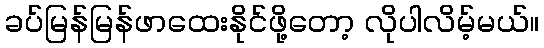
ခပ်မြန်မြန်ဖာထေးနိုင်ဖို့တော့ လိုပါလိမ့်မယ်။